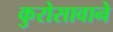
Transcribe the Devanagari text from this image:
कुरोसावाने